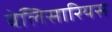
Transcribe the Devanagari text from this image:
बेलिसारियस